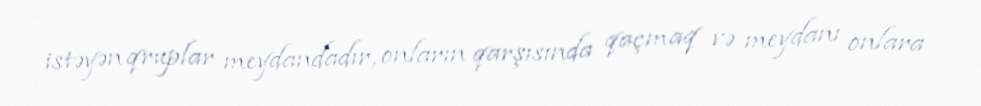
istəyən qruplar meydandadır, onların qarşısında qaçmaq və meydanı onlara